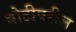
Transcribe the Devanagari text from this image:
बोटीवरील